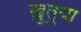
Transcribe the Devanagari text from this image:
ख़ुत़्बा